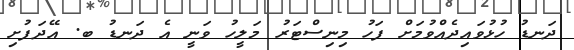
ދަނޑު ހުޅުވައިދެއްވުމަށް ފަހު މިނިސްޓަރު މަލީހު ވަނީ އެ ދަނޑު ބ. އޭދަފުށި